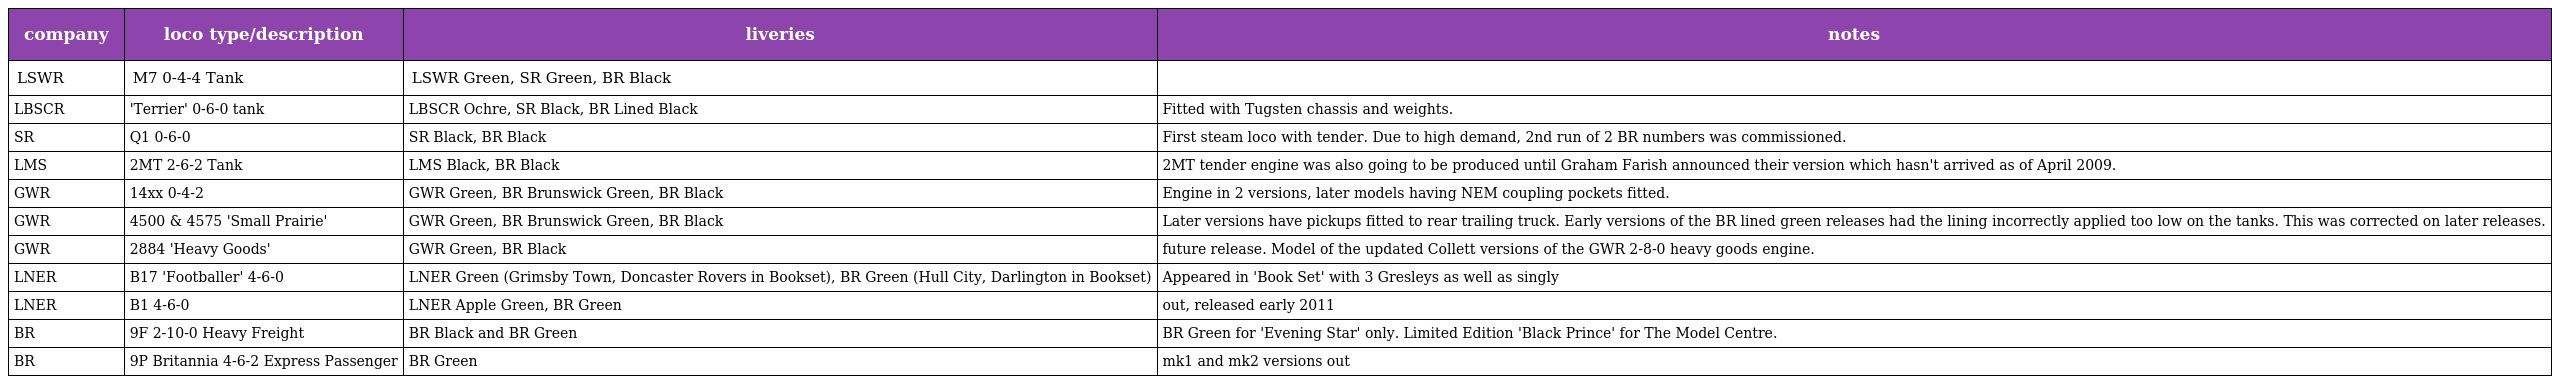
| company | loco type/description | liveries | notes |
 | --- | --- | --- | --- |
 | LSWR | M7 0-4-4 Tank | LSWR Green, SR Green, BR Black |  |
 | LBSCR | 'Terrier' 0-6-0 tank | LBSCR Ochre, SR Black, BR Lined Black | Fitted with Tugsten chassis and weights. |
 | SR | Q1 0-6-0 | SR Black, BR Black | First steam loco with tender. Due to high demand, 2nd run of 2 BR numbers was commissioned. |
 | LMS | 2MT 2-6-2 Tank | LMS Black, BR Black | 2MT tender engine was also going to be produced until Graham Farish announced their version which hasn't arrived as of April 2009. |
 | GWR | 14xx 0-4-2 | GWR Green, BR Brunswick Green, BR Black | Engine in 2 versions, later models having NEM coupling pockets fitted. |
 | GWR | 4500 & 4575 'Small Prairie' | GWR Green, BR Brunswick Green, BR Black | Later versions have pickups fitted to rear trailing truck. Early versions of the BR lined green releases had the lining incorrectly applied too low on the tanks. This was corrected on later releases. |
 | GWR | 2884 'Heavy Goods' | GWR Green, BR Black | future release. Model of the updated Collett versions of the GWR 2-8-0 heavy goods engine. |
 | LNER | B17 'Footballer' 4-6-0 | LNER Green (Grimsby Town, Doncaster Rovers in Bookset), BR Green (Hull City, Darlington in Bookset) | Appeared in 'Book Set' with 3 Gresleys as well as singly |
 | LNER | B1 4-6-0 | LNER Apple Green, BR Green | out, released early 2011 |
 | BR | 9F 2-10-0 Heavy Freight | BR Black and BR Green | BR Green for 'Evening Star' only. Limited Edition 'Black Prince' for The Model Centre. |
 | BR | 9P Britannia 4-6-2 Express Passenger | BR Green | mk1 and mk2 versions out |